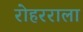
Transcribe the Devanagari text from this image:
रोहरराला